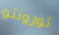
تورونتو